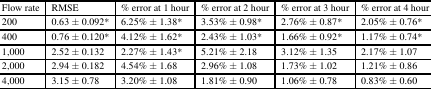
<table><thead><tr><td><b>Flow rate</b></td><td><b>RMSE</b></td><td><b>% error at 1 hour</b></td><td><b>% error at 2 hour</b></td><td><b>% error at 3 hour</b></td><td><b>% error at 4 hour</b></td></tr></thead><tbody><tr><td>200</td><td>0.63 ± 0.092*</td><td>6.25% ± 1.38*</td><td>3.53% ± 0.98*</td><td>2.76% ± 0.87*</td><td>2.05% ± 0.76*</td></tr><tr><td>400</td><td>0.76 ± 0.120*</td><td>4.12% ± 1.62*</td><td>2.43% ± 1.03*</td><td>1.66% ± 0.92*</td><td>1.17% ± 0.74*</td></tr><tr><td>1,000</td><td>2.52 ± 0.132</td><td>2.27% ± 1.43*</td><td>5.21% ± 2.18</td><td>3.12% ± 1.35</td><td>2.17% ± 1.07</td></tr><tr><td>2,000</td><td>2.94 ± 0.182</td><td>4.54% ± 1.68</td><td>2.96% ± 1.08</td><td>1.73% ± 1.02</td><td>1.21% ± 0.86</td></tr><tr><td>4,000</td><td>3.15 ± 0.78</td><td>3.20% ± 1.08</td><td>1.81% ± 0.90</td><td>1.06% ± 0.78</td><td>0.83% ± 0.60</td></tr></tbody></table>